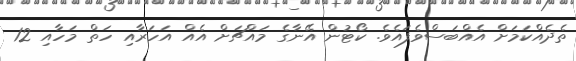
ތެދެއްކަމަށް އެއްބަސްވެފައެވެ. ކޯޓުން އޭނާގެ މައްޗަށް އެއް އަހަރާއި ހަތް މަހާއި 12